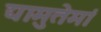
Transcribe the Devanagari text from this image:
द्यामुतेमां